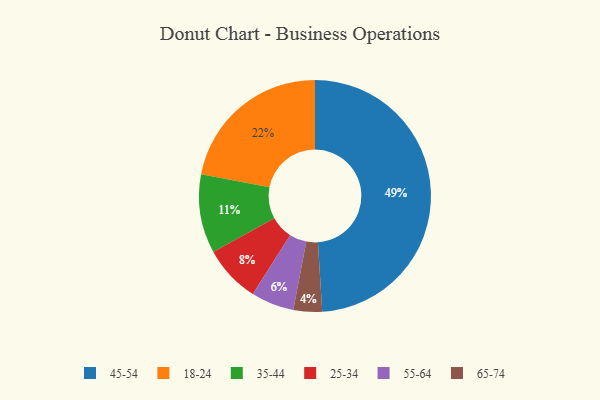
{"axis": {"x": "Category", "y": "Percentage"}, "legend": ["18-24", "25-34", "35-44", "45-54", "55-64", "65-74"], "data": [{"x": "45-54", "y": 49, "type": "45-54"}, {"x": "18-24", "y": 22, "type": "18-24"}, {"x": "25-34", "y": 8, "type": "25-34"}, {"x": "55-64", "y": 6, "type": "55-64"}, {"x": "35-44", "y": 11, "type": "35-44"}, {"x": "65-74", "y": 4, "type": "65-74"}]}